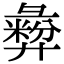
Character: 彜